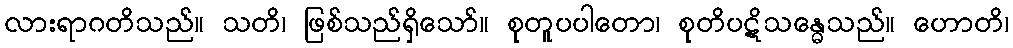
လားရာဂတိသည်။ သတိ၊ ဖြစ်သည်ရှိသော်။ စုတူပပါတော၊ စုတိပဋိသန္ဓေသည်။ ဟောတိ၊